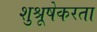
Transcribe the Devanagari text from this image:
शुश्रूषेकरता